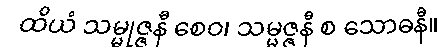
ထိယံ သမ္မုဇ္ဇနီ စေဝ၊ သမ္မဇ္ဇနီ စ သောဓနီ။